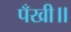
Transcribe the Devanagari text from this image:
पँखी॥